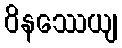
ဝိနဿေယျ